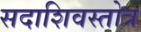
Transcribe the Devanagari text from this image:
सदाशिवस्तोत्र